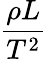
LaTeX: {\frac{\rho L}{T^{2}}}